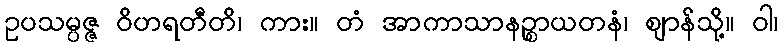
ဥပသမ္ပဇ္ဇ ဝိဟရတီတိ၊ ကား။ တံ အာကာသာနဉ္စာယတနံ၊ ဈာန်သို့။ ဝါ၊